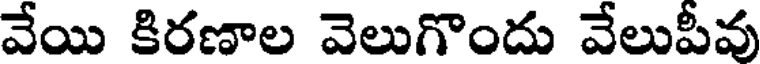
వేయి కిరణాల వెలుగొందు వేలుపీవు